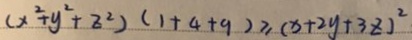
( x ^ { 2 } + y ^ { 2 } + z ^ { 2 } ) ( 1 + 4 + 9 ) \geq ( x + 2 y + 3 z ) ^ { 2 }